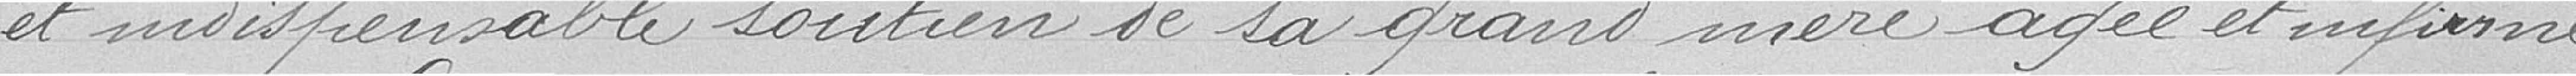
et indispensable soutien de sa grand-mère âgée et infirme,